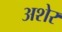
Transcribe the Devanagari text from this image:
अशेर